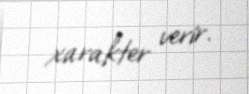
xarakter verir.